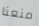
منعنا